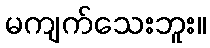
မကျက်သေးဘူး။